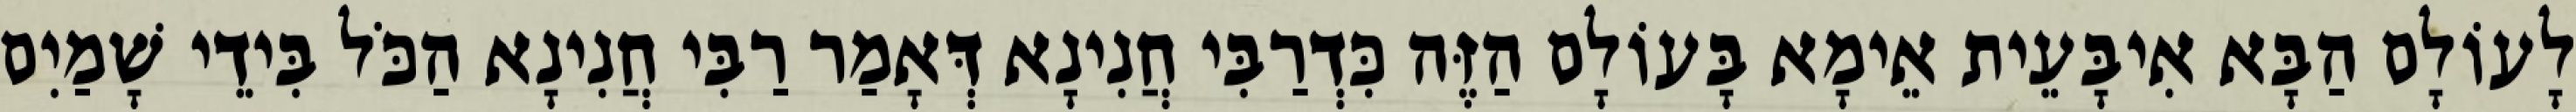
לָעוֹלָם הַבָּא אִיבָּעֵית אֵימָא בָּעוֹלָם הַזֶּה כִּדְרַבִּי חֲנִינָא דְּאָמַר רַבִּי חֲנִינָא הַכֹּל בִּידֵי שָׁמַיִם